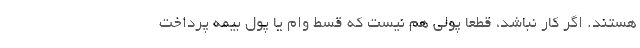
هستند. اگر کار نباشد، قطعا پولی هم نیست که قسط وام یا پول بیمه پرداخت